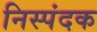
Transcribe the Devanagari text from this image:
निस्पंदक